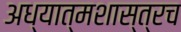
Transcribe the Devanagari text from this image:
अध्यात्मशास्त्रच